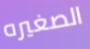
الصغيره